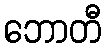
ဘောတီ